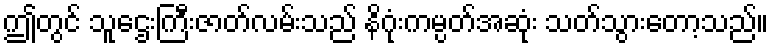
ဤတွင် သူဌေးကြီးဇာတ်လမ်းသည် နိဂုံးကမ္ပတ်အဆုံး သတ်သွားတော့သည်။